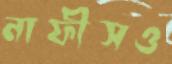
নাফীসও